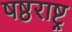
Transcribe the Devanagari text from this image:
षष्ठराष्ट्र